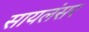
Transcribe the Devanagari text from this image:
सायलंसर